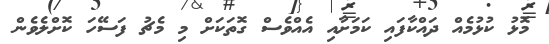
މޮޅު ކުޅުމެއް ދައްކާފައި ކަމަށާއި އެއްވެސް ގޮތަކަށް މި މެޗު ފަސޭހަ ކޮށްލެވެން